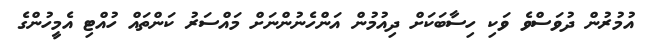
އުމުރުން ދުވަސްވެ ވަކި ހިސާބަކަށް ދިއުމުން އަންހެނުންނަށް މައްސަރު ކަންތައް ހުއްޓި އެމީހުންގެ